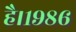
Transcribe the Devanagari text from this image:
है।१९८६